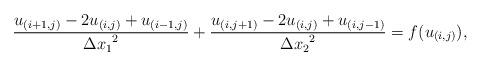
LaTeX: \begin{align*}\frac{u_{(i+1,j)}-2u_{(i,j)}+u_{(i-1,j)}}{{\Delta x_1}^2}+\frac{u_{(i,j+1)}-2u_{(i,j)}+u_{(i,j-1)}}{{\Delta x_2}^2} =f(u_{(i,j)}),\end{align*}